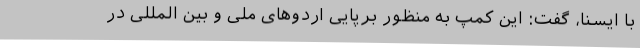
با ایسنا، گفت: این کمپ به منظور برپایی اردوهای ملی و بین المللی در